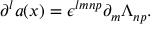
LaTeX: \partial ^ { l } a ( x ) = \epsilon ^ { l m n p } \partial _ { m } \Lambda _ { n p } .